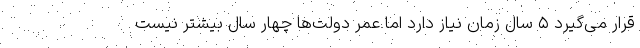
قرار می‌گیرد ۵ سال زمان نیاز دارد اما عمر دولت‌ها چهار سال بیشتر نیست